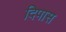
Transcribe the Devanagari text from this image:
दिपास